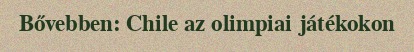
Bővebben: Chile az olimpiai játékokon